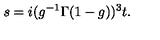
s = i ( g ^ { - 1 } \Gamma ( 1 - g ) ) ^ { 3 } t .